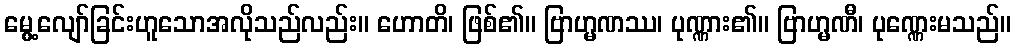
မွေ့လျော်ခြင်းဟူသောအလိုသည်လည်း။ ဟောတိ၊ ဖြစ်၏။ ဗြာဟ္မဏဿ၊ ပုဏ္ဏား၏။ ဗြာဟ္မဏီ၊ ပုဏ္ဏေးမသည်။